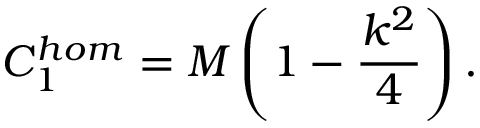
C _ { 1 } ^ { h o m } = M \left( 1 - \frac { k ^ { 2 } } { 4 } \right) .